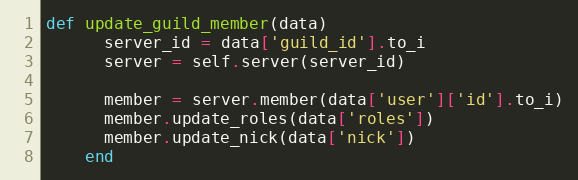
Language: Ruby
def update_guild_member(data)
      server_id = data['guild_id'].to_i
      server = self.server(server_id)

      member = server.member(data['user']['id'].to_i)
      member.update_roles(data['roles'])
      member.update_nick(data['nick'])
    end